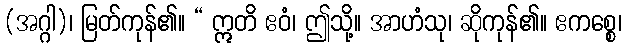
(အဂ္ဂါ)၊ မြတ်ကုန်၏။ “ ဣတိ ဧဝံ၊ ဤသို့။ အာဟံသု၊ ဆိုကုန်၏။ ဧကစ္စေ၊